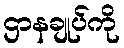
ဌာနချုပ်ကို